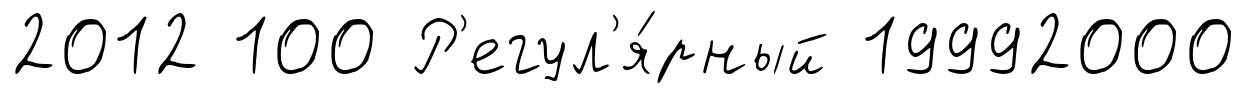
2012 100 Р'егул'я́рный 19992000